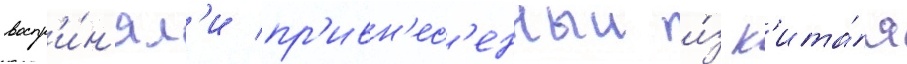
воспр'и́н'ял'и пр'ивн'ес'енныи и́з к'ита́я